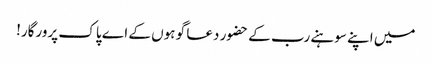
میں اپنے سوہنے رب کے حضور دعا گو ہوں کے اے پاک پرورگار!